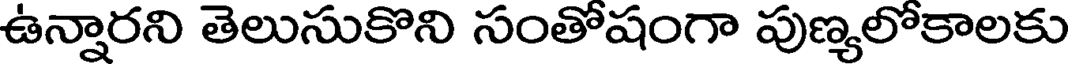
ఉన్నారని తెలుసుకొని సంతోషంగా పుణ్యలోకాలకు